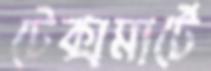
টেক্সমার্টে